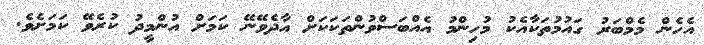
އެހެން މެމްބަރު ގައުމުތަކާއެކު މުހިންމު އެއްބަސްވުންތަކަކަށް އާދެވޭނޭ ކަމަށް އުންމީދު ކުރެވޭ ކަމަށެވެ.